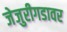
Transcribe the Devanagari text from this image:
जेजुरीगडावर